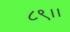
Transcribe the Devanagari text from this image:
८९।।